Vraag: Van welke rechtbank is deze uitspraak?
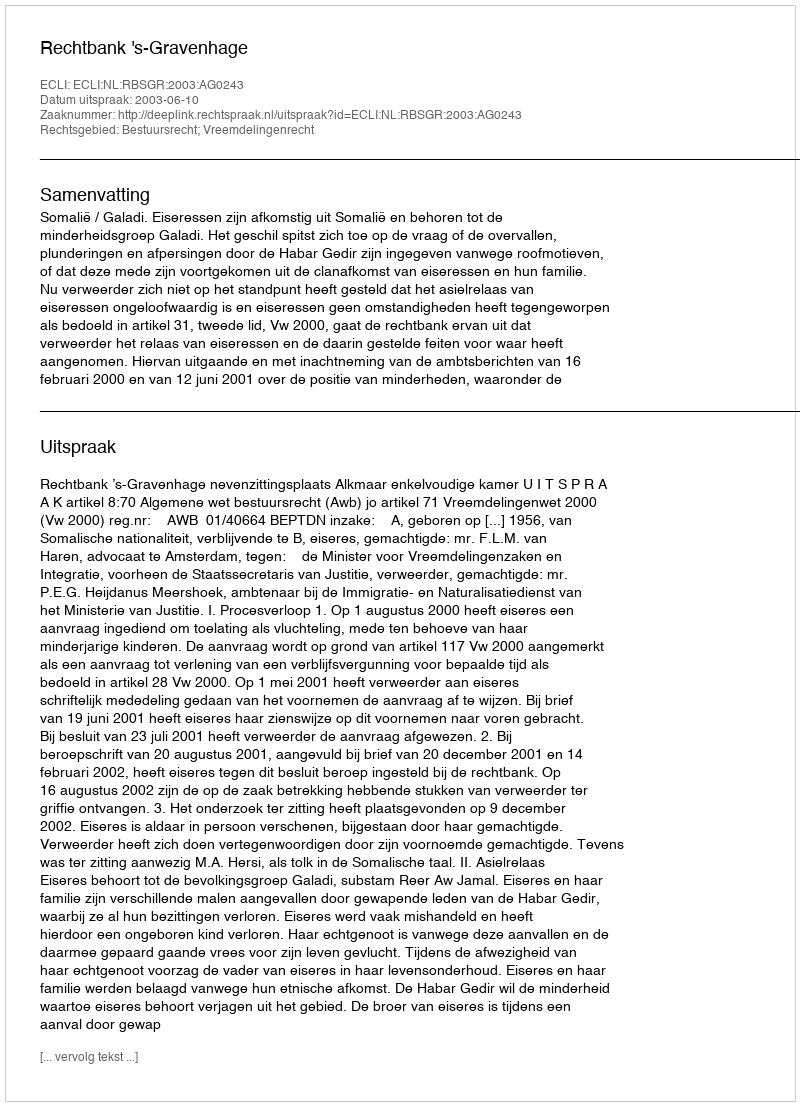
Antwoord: Rechtbank 's-Gravenhage